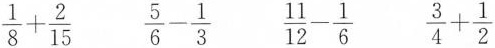
$$\frac { 1 } { 8 } + \frac { 2 } { 1 5 }$$ $$\frac { 5 } { 6 } - \frac { 1 } { 3 }$$ $$\frac { 1 1 } { 1 2 } - \frac { 1 } { 6 }$$ $$\frac { 3 } { 4 } + \frac { 1 } { 2 }$$